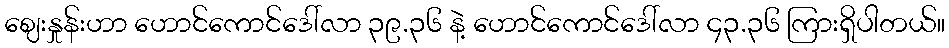
ဈေးနှုန်းဟာ ဟောင်ကောင်ဒေါ်လာ ၃၉.၃၆ နဲ့ ဟောင်ကောင်ဒေါ်လာ ၄၃.၃၆ ကြားရှိပါတယ်။